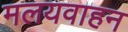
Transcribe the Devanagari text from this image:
मलयवाहन